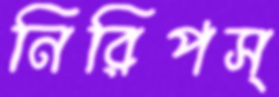
নিরিপস্